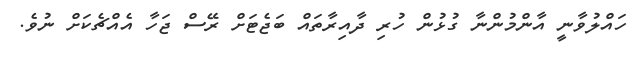
ހައްލުވާނީ އާންމުންނާ ގުޅުން ހުރި ދާއިރާތައް ބަޖެޓަށް ރޭސް ޖަހާ އެއްޗެކަށް ނުވެ.